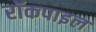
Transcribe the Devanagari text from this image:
रॉकपाइल